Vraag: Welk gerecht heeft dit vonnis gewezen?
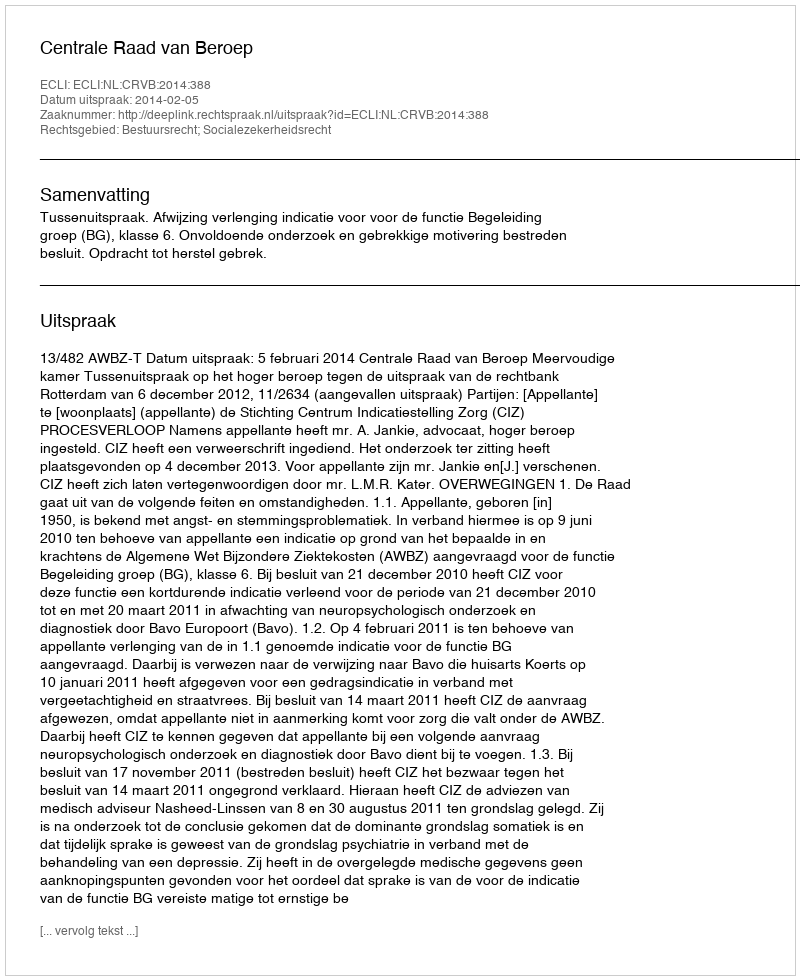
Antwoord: Centrale Raad van Beroep